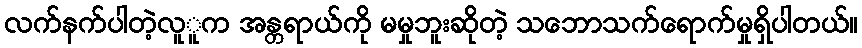
လက်နက်ပါတဲ့လူူက အန္တရာယ်ကို မမှုဘူးဆိုတဲ့ သဘောသက်ရောက်မှုရှိပါတယ်။